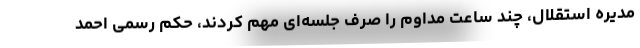
مدیره استقلال، چند ساعت مداوم را صرف جلسه‌ای مهم کردند، حکم رسمی احمد